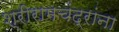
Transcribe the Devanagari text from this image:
श्रीरामचंद्रांना